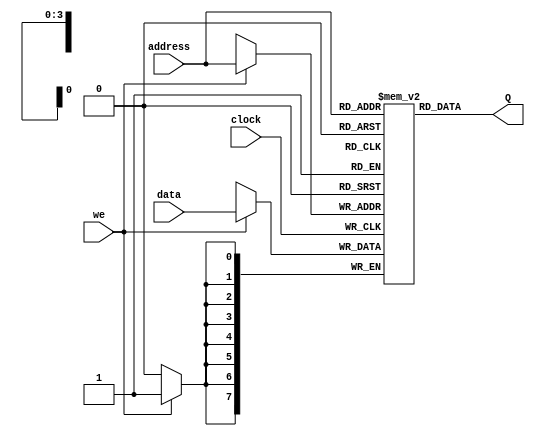
module single_port_ram_inferred #(
	parameter WIDTH = 8,
	parameter DEPTH = 10
)(
	input wire clock,
	input wire we,
	input wire [$clog2(DEPTH)-1:0] address,
	input wire [WIDTH-1:0] data,
	output wire [WIDTH-1:0] Q
);
	reg [WIDTH-1:0] storage [0:DEPTH-1];
	genvar i;
	generate
		for( i = 0; i < DEPTH; i=i+1 ) begin
			initial storage[i] = 8'd0;
		end
	endgenerate

	assign Q = storage[address];
	always @(posedge clock) begin
		if( we ) begin
			storage[address] <= data;
		end
	end
endmodule